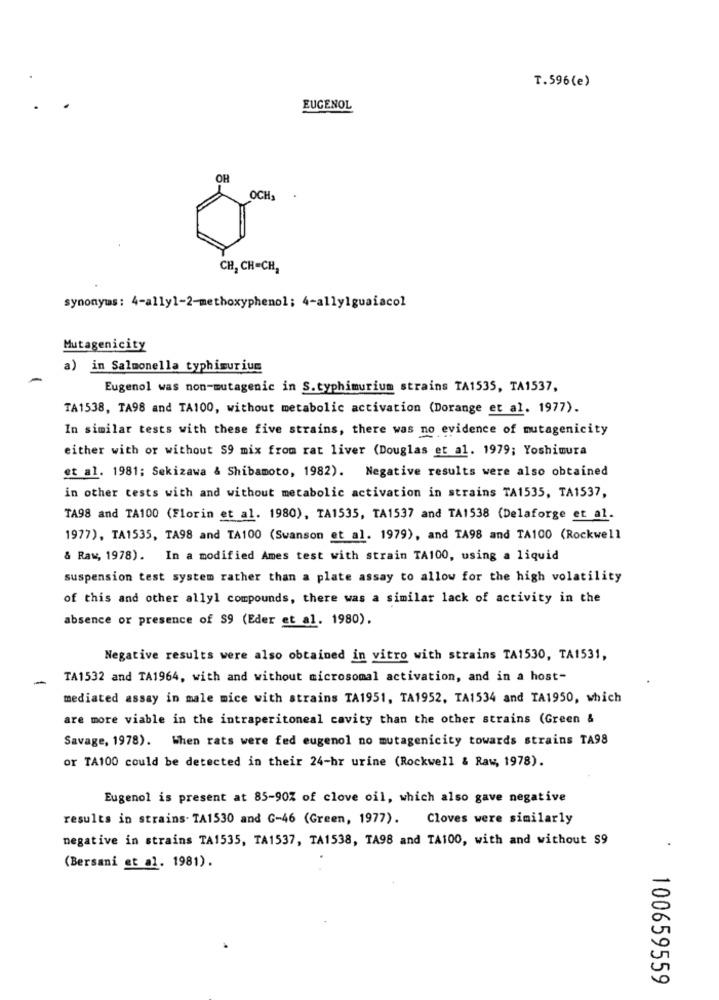
T.596(e)
EUGENOL
OH
OCH3
CH, CH=CH,
synonyms: 4-ally1-2-methoxyphenol; 4-ally1guaiacol
Mutagenicity
a) in Salmonella typhimurium
-
Eugenol was non-mutagenic in S.typhimurium strains TA1535, TA1537,
TA1538, TA98 and TA100, without metabolic activation (Dorange et al. 1977).
In similar tests with these five strains, there was no evidence of mutagenicity
either with or without 59 mix from rat liver (Douglas et al. 1979; Yoshimura
et al. 1981; Sekizawa & Shibamoto, 1982). Negative results were also obtained
in other tests with and without metabolic activation in strains TA1535, TA1537,
TA98 and TA100 (Florin et al. 1980), TA1535, TA1537 and TA1538 (Delaforge et al.
1977), TA1535, TA98 and TA100 (Swanson et al. 1979), and TA98 and TA100 (Rockwell
& Raw, 1978). In a modified Ames test with strain TA100, using a liquid
suspension test system rather than a plate assay to allow for the high volatility
of this and other allyl compounds, there was a similar lack of activity in the
absence or presence of $9 (Eder et al. 1980).
Negative results were also obtained in vitro with strains TA1530, TA1531,
-
TA1532 and TA1964, with and without microsomal activation, and in a host-
mediated assay in male mice with strains TA1951, TA1952, TA1534 and TA1950, which
are more viable in the intraperitoneal cavity than the other strains (Green &
Savage, 1978). When rats were fed eugenol no mutagenicity towards strains TA98
or TA100 could be detected in their 24-hr urine (Rockwell & Raw, 1978).
Eugenol is present at 85-90% of clove oil, which also gave negative
results in strains. TA1530 and G-46 (Green, 1977). Cloves were similarly
negative in strains TA1535, TA1537, TA1538, TA98 and TA100, with and without $9
(Bersani et al. 1981).
100659559